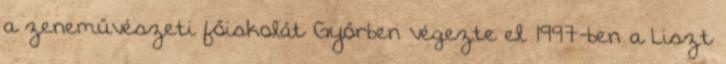
a zeneművészeti főiskolát Győrben végezte el. 1997-ben a Liszt